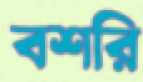
বশরি